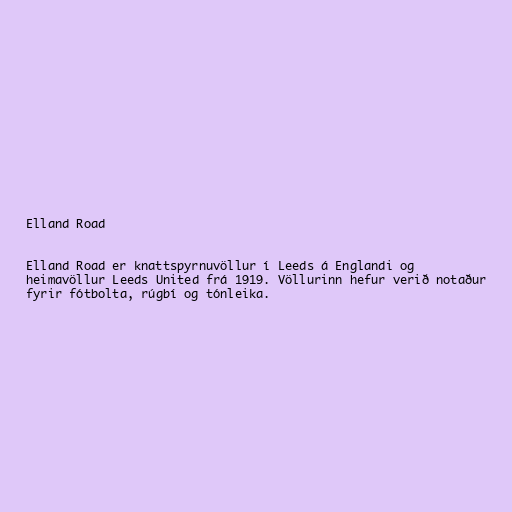
Elland Road

Elland Road er knattspyrnuvöllur í Leeds á Englandi og
heimavöllur Leeds United frá 1919. Völlurinn hefur verið notaður
fyrir fótbolta, rúgbí og tónleika.